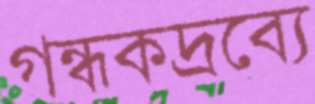
গন্ধকদ্রব্যে